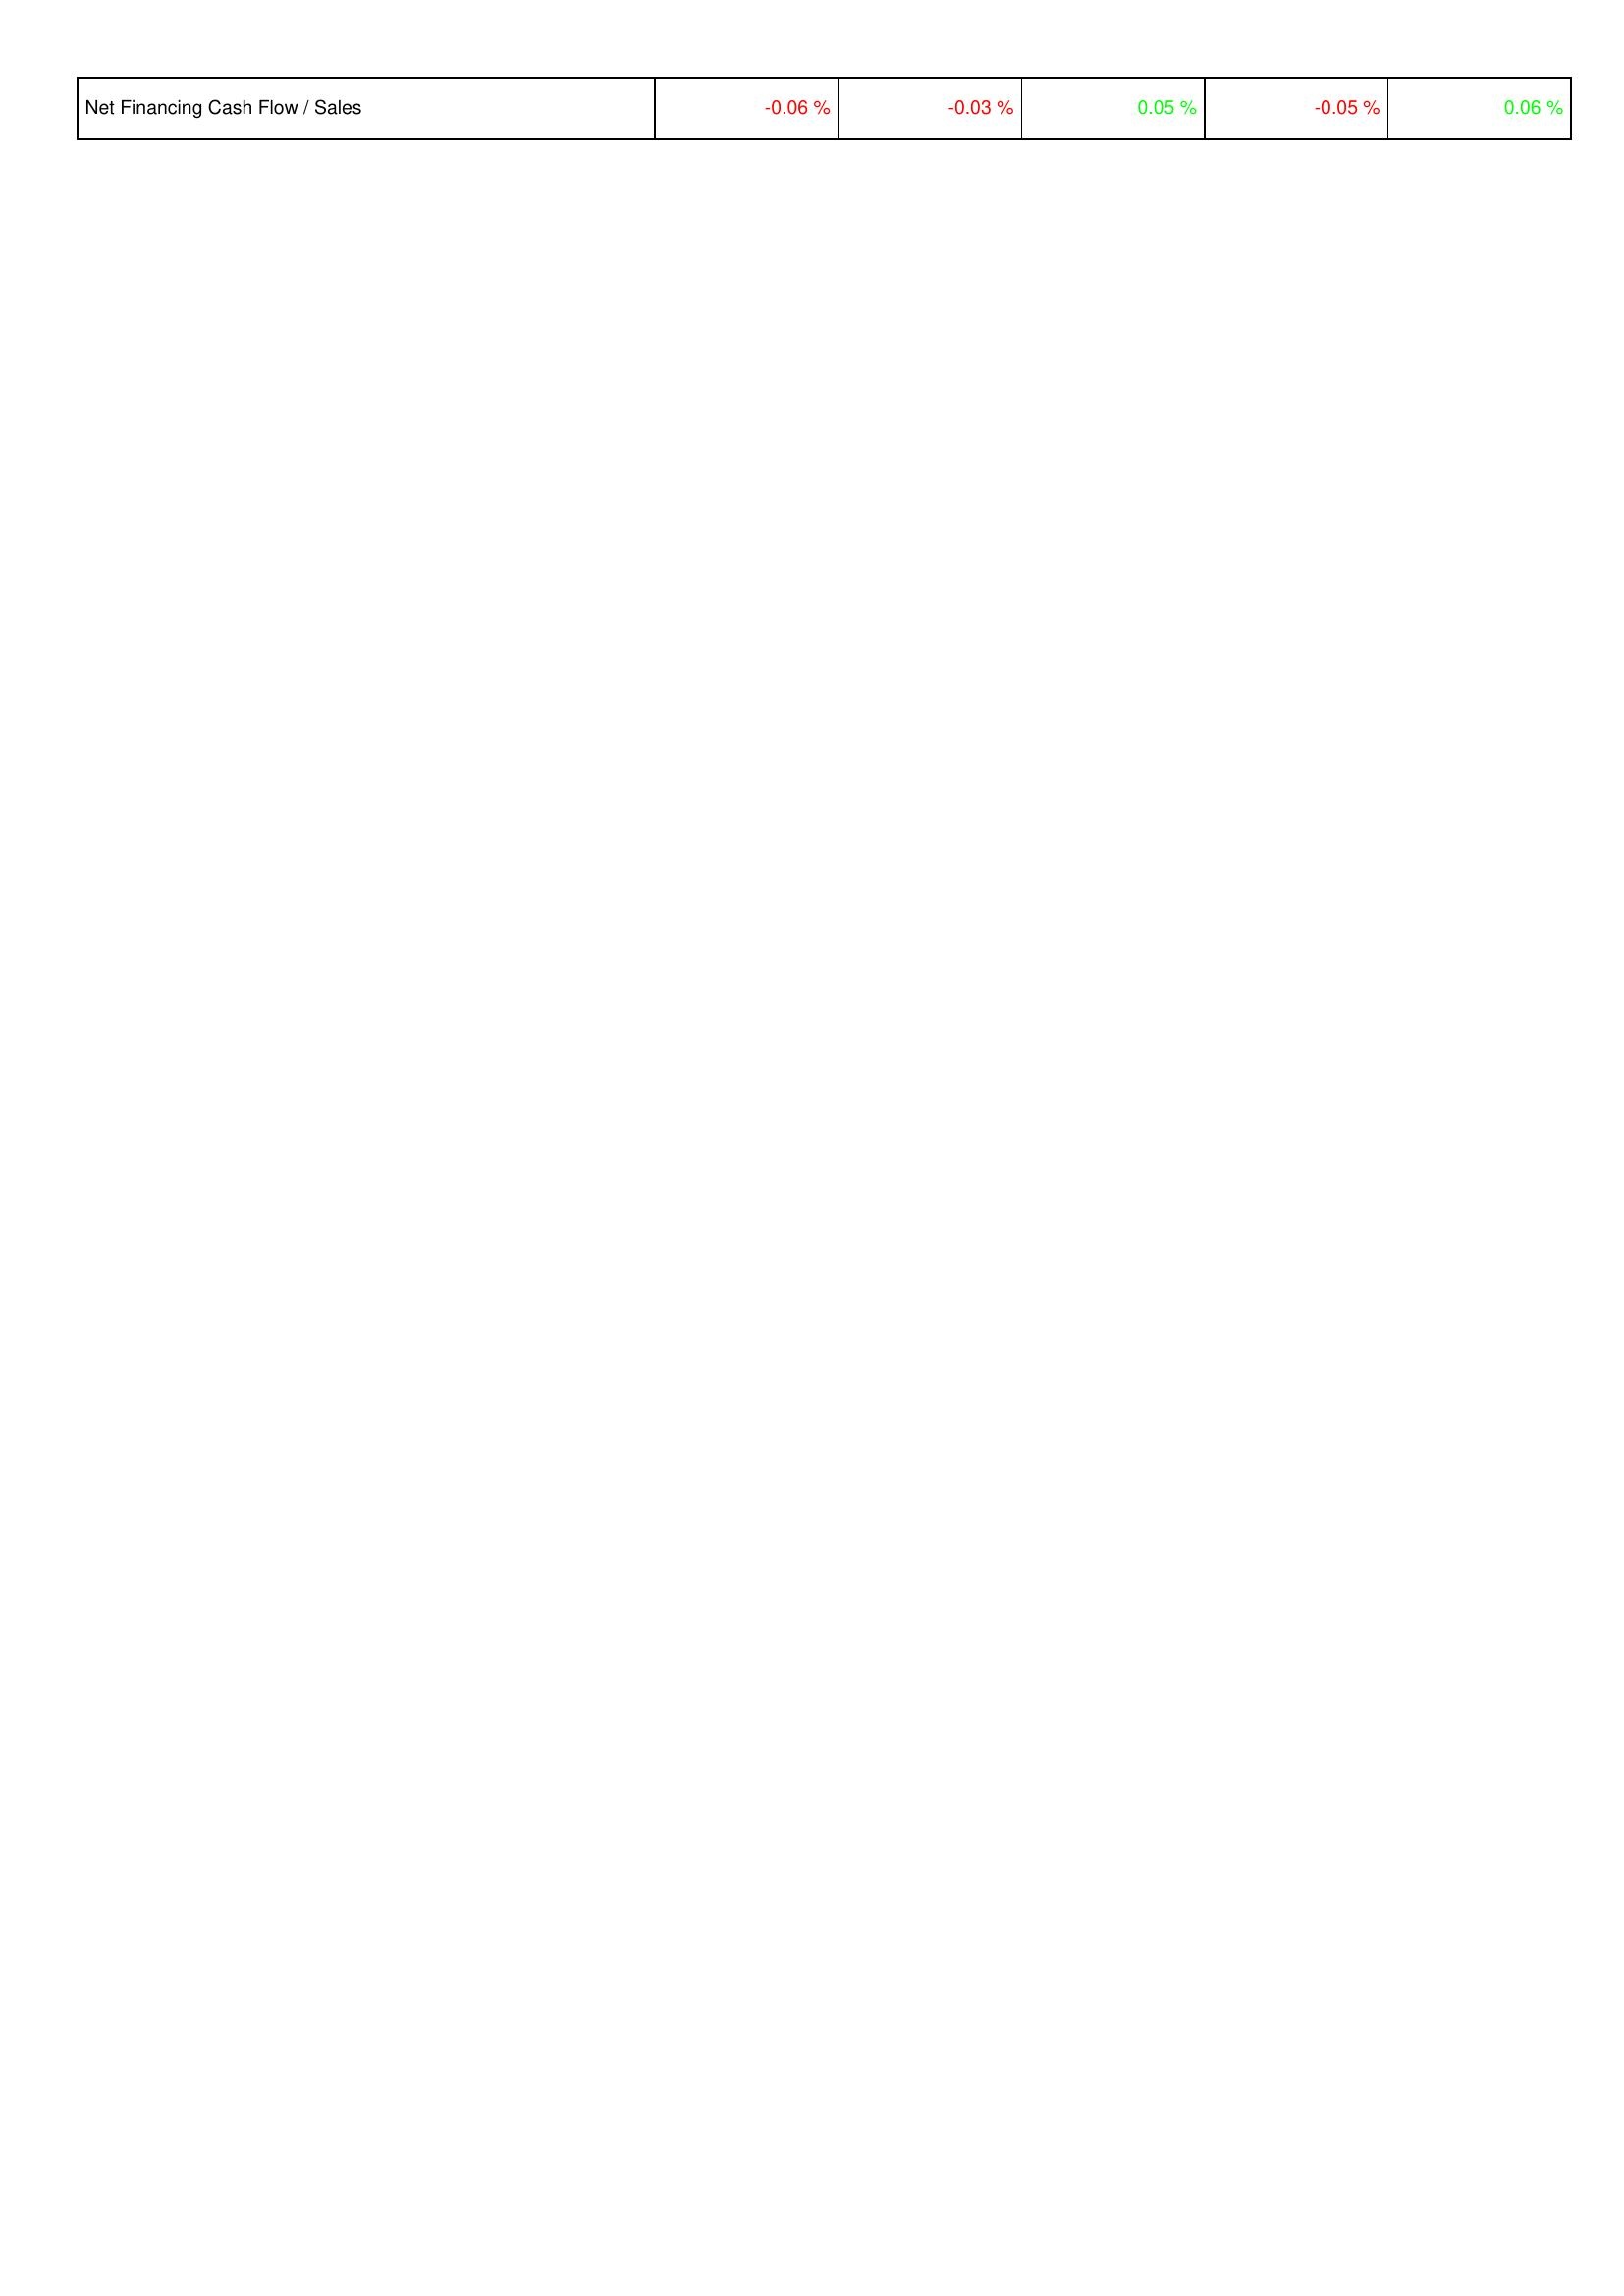
2012: Financing Activities: Net Financing Cash Flow / Sales: -0.06 %
2013: Financing Activities: Net Financing Cash Flow / Sales: -0.03 %
2014: Financing Activities: Net Financing Cash Flow / Sales: 0.05 %
2015: Financing Activities: Net Financing Cash Flow / Sales: -0.05 %
2016: Financing Activities: Net Financing Cash Flow / Sales: 0.06 %